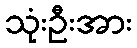
သုံးဦးအား